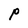
Character: p